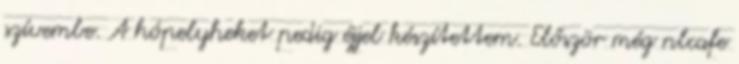
szívembe. A hópelyheket pedig éjjel készítettem. Először még nlcafe